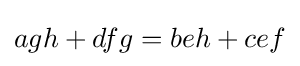
agh+dfg=beh+cef